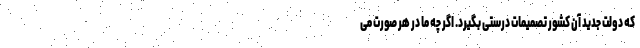
که دولت جدید آن کشور تصمیمات درستی بگیرد. اگر چه ما در هر صورت می